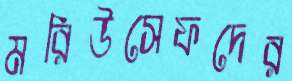
মরিউসেফদের